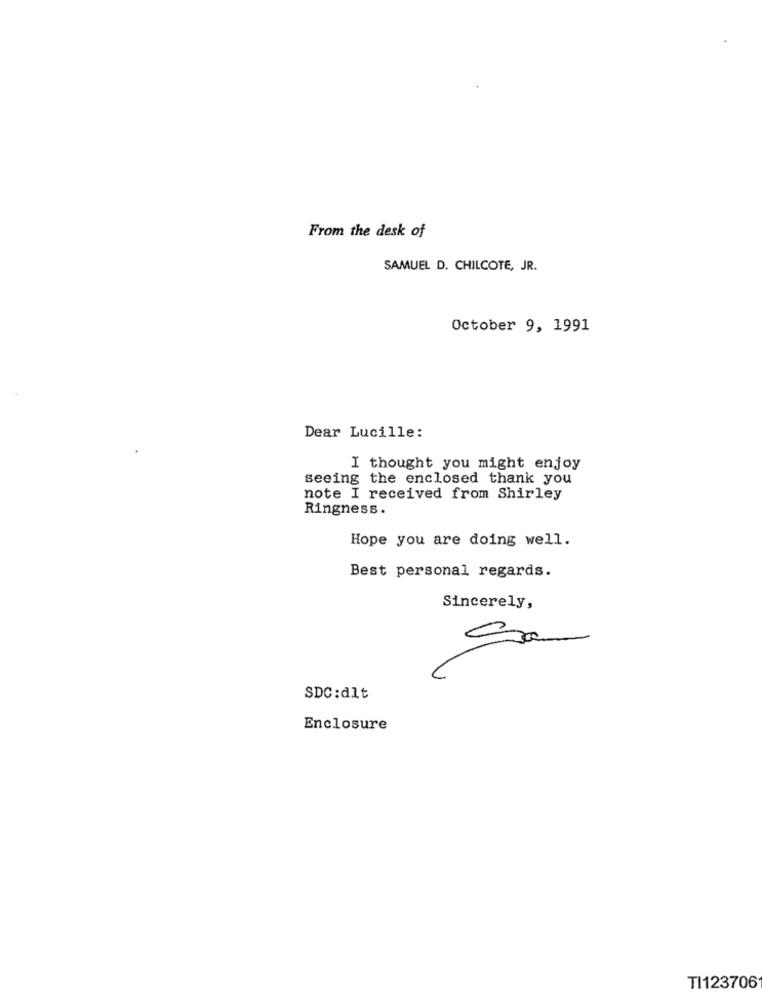
From the desk of
SAMUEL D. CHILCOTE, JR.
October 9, 1991
Dear Lucille:
I thought you might enjoy
seeing the enclosed thank you
note I received from Shirley
Ringness.
Hope you are doing well.
Best personal regards.
Sincerely,
SDC:dlt
Enclosure
TI123706